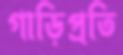
গাড়িপ্রতি